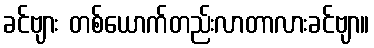
ခင်ဗျား တစ်ယောက်တည်းလာတာလားခင်ဗျာ။